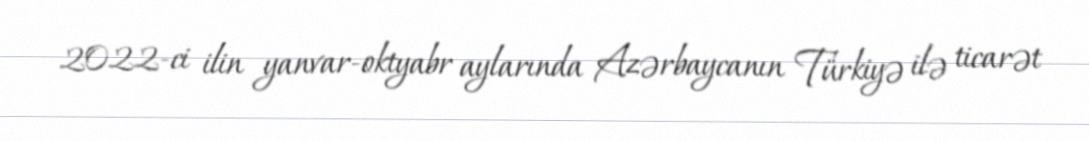
2022-ci ilin yanvar-oktyabr aylarında Azərbaycanın Türkiyə ilə ticarət